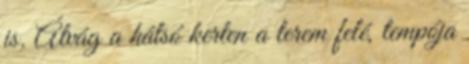
is. Átvág a hátsó kerten a terem felé, tempója